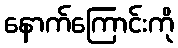
နောက်ကြောင်းကို